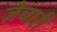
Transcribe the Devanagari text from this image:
ज़ैचारी